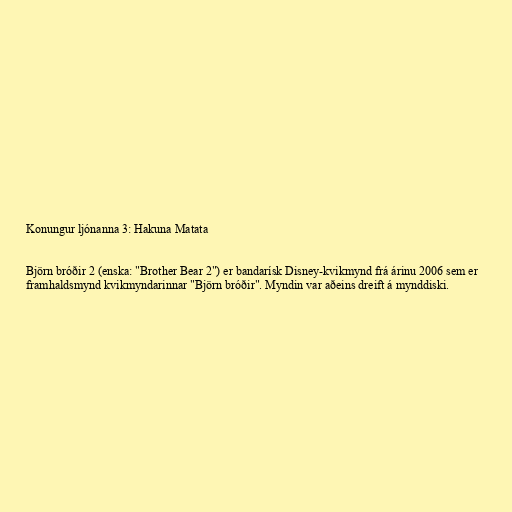
Konungur ljónanna 3: Hakuna Matata

Björn bróðir 2 (enska: "Brother Bear 2") er bandarísk Disney-kvikmynd frá árinu 2006 sem er
framhaldsmynd kvikmyndarinnar "Björn bróðir". Myndin var aðeins dreift á mynddiski.